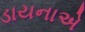
ડાયનાએ